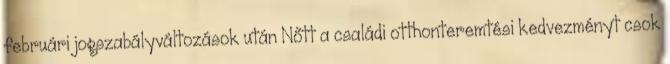
februári jogszabályváltozások után Nőtt a családi otthonteremtési kedvezményt csok